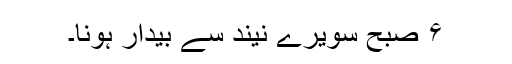
۶ صبح سویرے نیند سے بیدار ہونا۔